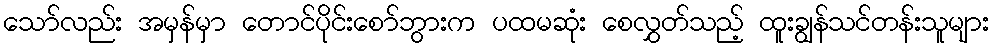
သော်လည်း အမှန်မှာ တောင်ပိုင်းစော်ဘွားက ပထမဆုံး စေလွှတ်သည့် ထူးချွန်သင်တန်းသူများ